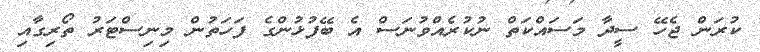
ކުރަން ޖެހޭ ސީދާ މަސައްކަތް ނުކުރެއްވުނަސް އެ ބޭފުޅުންގެ ފަހަތުން މިނިސްޓަރު ތޯރިގާއި